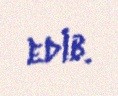
edib.